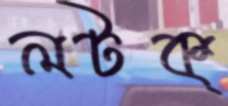
লটক্